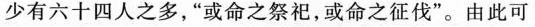
少有六十四人之多，”或命之祭祀，或命之征伐”。由此可